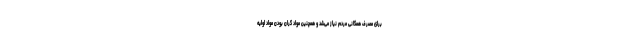
برای مصرف همگانی مردم نیاز می‌شد و همچنین مواد گران بودن مواد اولیه